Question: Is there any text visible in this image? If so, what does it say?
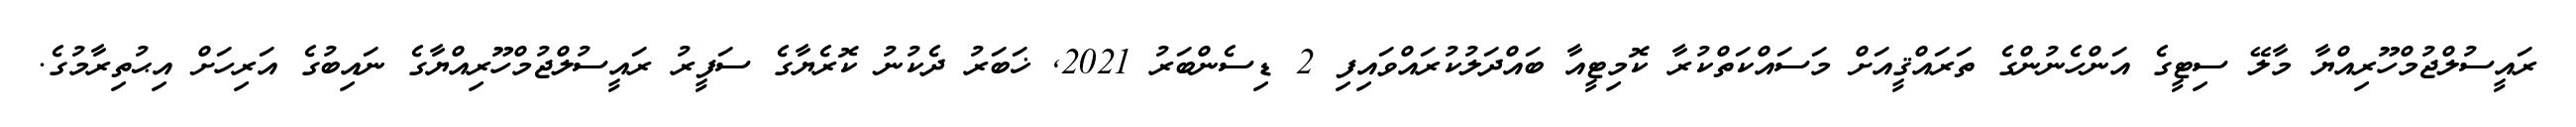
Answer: ރައީސުލްޖުމްހޫރިއްޔާ މާލޭ ސިޓީގެ އަންހެނުންގެ ތަރައްޤީއަށް މަސައްކަތްކުރާ ކޮމިޓީއާ ބައްދަލުކުރައްވައިފި 2 ޑިސެންބަރު 2021, ޚަބަރު ދެކުނު ކޮރެޔާގެ ސަފީރު ރައީސުލްޖުމްހޫރިއްޔާގެ ނައިބުގެ އަރިހަށް އިޙުތިރާމުގެ.